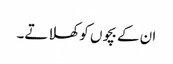
ان کے بچوں کو کھلاتے۔